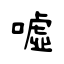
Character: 嘘